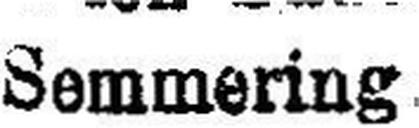
Semmering